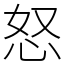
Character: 怒